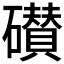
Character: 𰧪